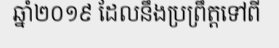
ឆ្នាំ២០១៩ ដែលនឹងប្រព្រឹត្តទៅពី